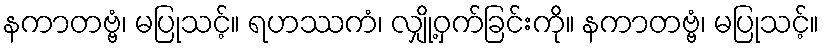
နကာတဗ္ဗံ၊ မပြုသင့်။ ရဟဿကံ၊ လျှို့ဝှက်ခြင်းကို။ နကာတဗ္ဗံ၊ မပြုသင့်။